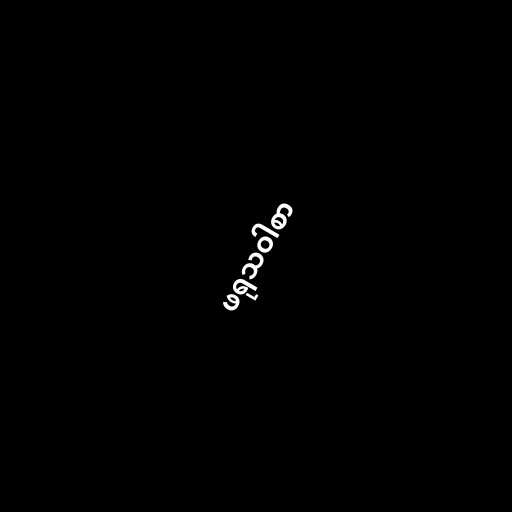
ဖရုသဝါစာ